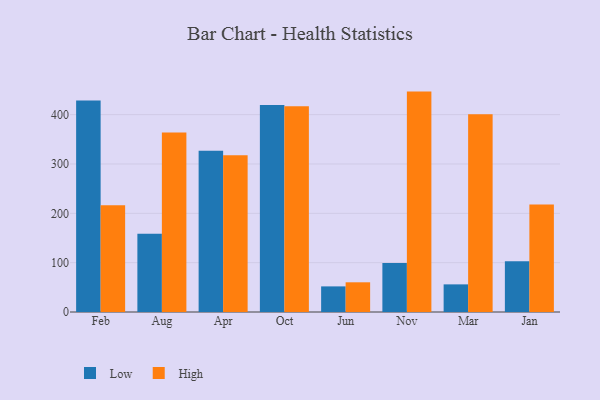
{"axis": {"x": "Month", "y": "Latency (ms)"}, "legend": ["High", "Low"], "data": [{"x": "Feb", "y": 428.5, "type": "Low"}, {"x": "Feb", "y": 216.4, "type": "High"}, {"x": "Aug", "y": 158.6, "type": "Low"}, {"x": "Aug", "y": 363.9, "type": "High"}, {"x": "Apr", "y": 326.6, "type": "Low"}, {"x": "Apr", "y": 317.9, "type": "High"}, {"x": "Oct", "y": 419.3, "type": "Low"}, {"x": "Oct", "y": 416.9, "type": "High"}, {"x": "Jun", "y": 51.9, "type": "Low"}, {"x": "Jun", "y": 60.2, "type": "High"}, {"x": "Nov", "y": 99.5, "type": "Low"}, {"x": "Nov", "y": 446.7, "type": "High"}, {"x": "Mar", "y": 56.0, "type": "Low"}, {"x": "Mar", "y": 401.0, "type": "High"}, {"x": "Jan", "y": 102.9, "type": "Low"}, {"x": "Jan", "y": 218.1, "type": "High"}]}